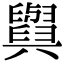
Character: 𦦲